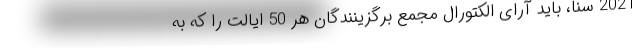
2021 سنا، باید آرای الکتورال مجمع برگزینندگان هر 50 ایالت را که به